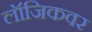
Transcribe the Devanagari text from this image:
लॉजिकवर